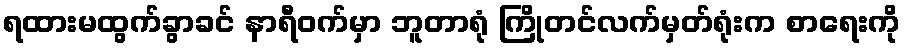
ရထားမထွက်ခွာခင် နာရီဝက်မှာ ဘူတာရုံ ကြိုတင်လက်မှတ်ရုံးက စာရေးကို